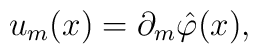
u_m(x)=\partial_m\hat\varphi(x),